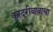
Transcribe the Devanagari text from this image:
कादरीबाबाचा